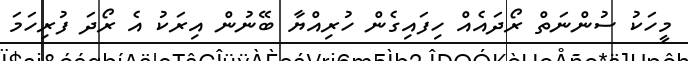
މީހަކު ސުންނަތް ރޯދައެއް ހިފައިގެން ހުރިއްޔާ ބޭނުން އިރަކު އެ ރޯދަ ފުރިހަމަ